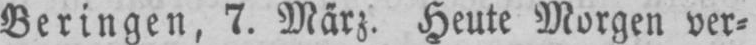
Beringen, 7. März. Heute Morgen der⸗